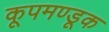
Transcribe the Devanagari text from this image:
कूपमण्डूक